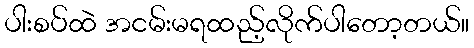
ပါးစပ်ထဲ အငမ်းမရထည့်လိုက်ပါတော့တယ်။